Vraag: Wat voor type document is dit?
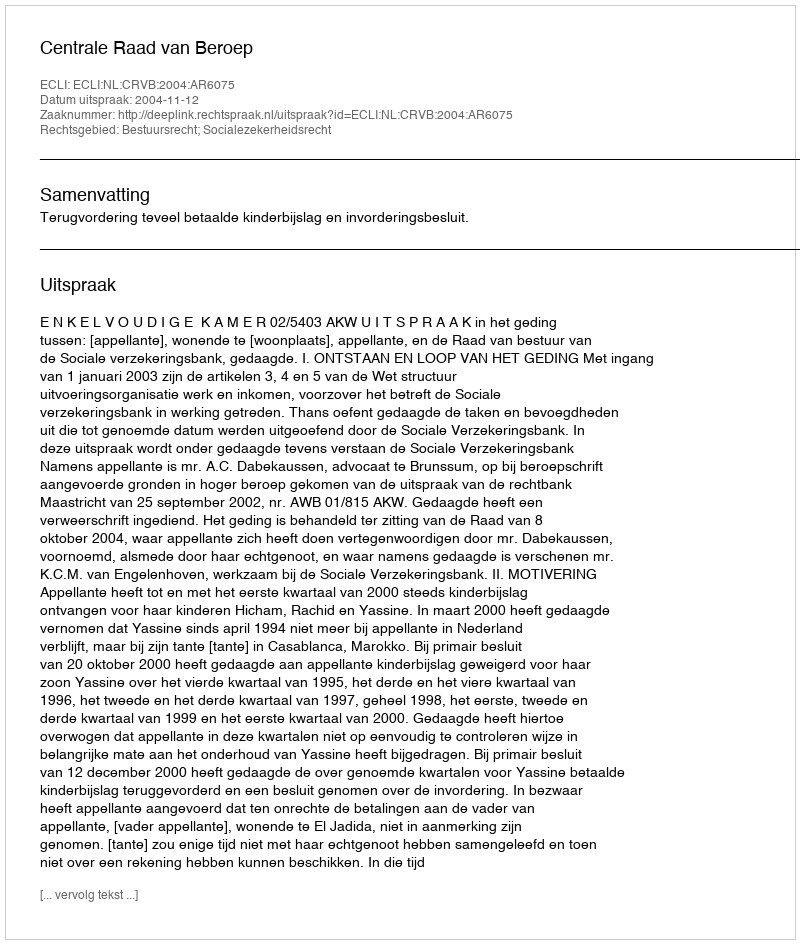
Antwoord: Uitspraak